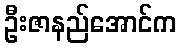
ဦးဇာနည်အောင်က